Annual report of the Punjab Veterinary College and of the Civil Veterinary Department, Punjab - 1926-1932
Year: 1926
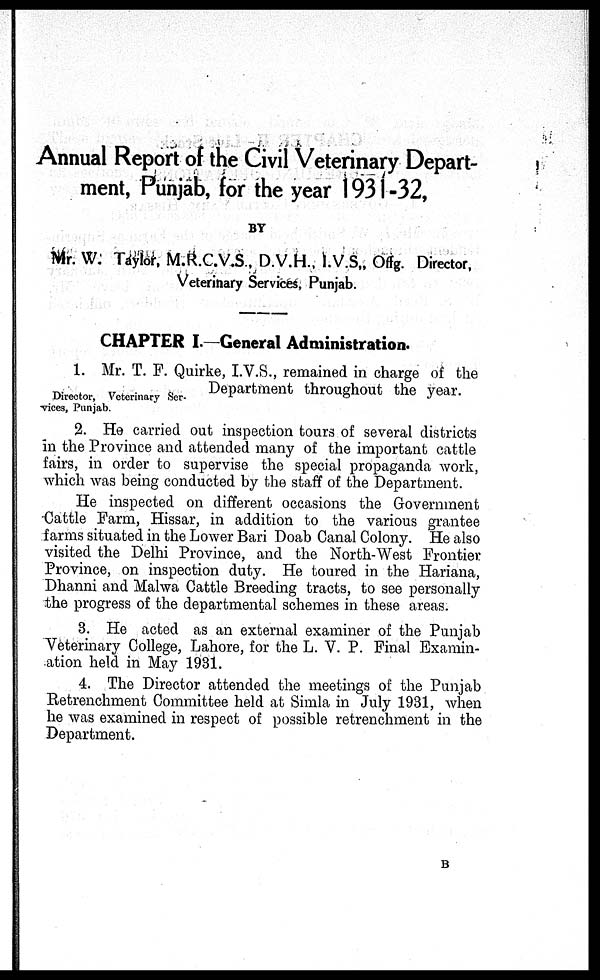
Annual Report of the Civil Veterinary Depart-
ment, Punjab, for the year 1931-32,
BY
Mr. W. Taylor, M.R.C.V.S., D.V.H., I.V.S., Offg. Director,
Veterinary Services, Punjab.
Director, Veterinary Sci
vices, Punjab.
CHAPTER I.—General Administration.
1. Mr. T. P. Quirke, I.V.S., remained in charge of the
Department throughout the year.
2. He carried out inspection tours of several districts
in the Province and attended many of the important cattle
fairs, in order to supervise the special propaganda work,
which was being conducted by the staff of the Department.
He inspected on different occasions the Government
Cattle Farm, Hissar, in addition to the various grantee
farms situated in the Lower Bari Doab Canal Colony. He also
visited the Delhi Province, and the North-West Frontier
Province, on inspection duty. He toured in the Hariana,
Dhanni and Malwa Cattle Breeding tracts, to see personally
the progress of the departmental schemes in these areas.
3. He acted as an external examiner of the Punjab
Veterinary College, Lahore, for the L. V. P. Final Examin-
ation held in May 1931.
4. The Director attended the meetings of the Punjab
Retrenchment Committee held at Simla in July 1931, when
he was examined in respect of possible retrenchment in the
Department.
B